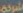
شركة